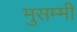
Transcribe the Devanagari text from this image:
मुसम्मी